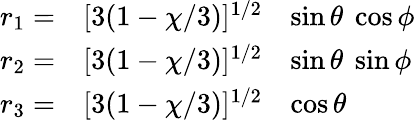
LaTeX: \begin{array}{lll}{{r_{1}=}}&{{[3(1-\chi/3)]^{1/2}}}&{{\sin\theta\ \cos\phi}}\\ {{r_{2}=}}&{{[3(1-\chi/3)]^{1/2}}}&{{\sin\theta\ \sin\phi}}\\ {{r_{3}=}}&{{[3(1-\chi/3)]^{1/2}}}&{{\cos\theta}}\end{array}